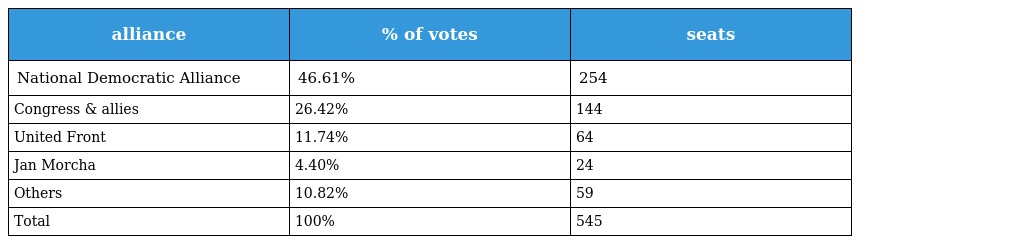
| alliance | % of votes | seats |
 | --- | --- | --- |
 | National Democratic Alliance | 46.61% | 254 |
 | Congress & allies | 26.42% | 144 |
 | United Front | 11.74% | 64 |
 | Jan Morcha | 4.40% | 24 |
 | Others | 10.82% | 59 |
 | Total | 100% | 545 |